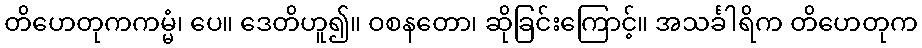
တိဟေတုကကမ္မံ၊ ပေ။ ဒေတိဟူ၍။ ဝစနတော၊ ဆိုခြင်းကြောင့်။ အသင်္ခါရိက တိဟေတုက